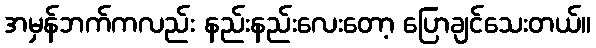
အမှန်ဘက်ကလည်း နည်းနည်းလေးတော့ ပြောချင်သေးတယ်။